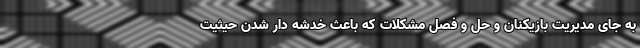
به جای مدیریت بازیکنان و حل و فصل مشکلات که باعث خدشه دار شدن حیثیت